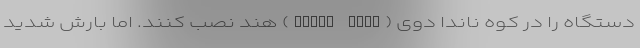
دستگاه را در کوه ناندا دوی (Nanda Devi) هند نصب کنند. اما بارش شدید